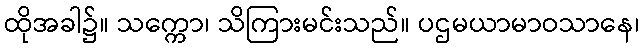
ထိုအခါ၌။ သက္ကော၊ သိကြားမင်းသည်။ ပဌမယာမာဝသာနေ၊